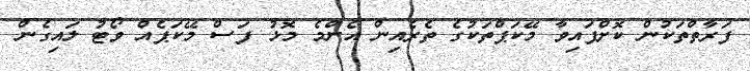
ފަރާތްތަކުން ކޮށްފައިވާ މޭކަޕްތަކުގެ ތެރެއިން އެންމެ މޮޅު ފަސް މޭކަޕެއް ވޯޓު ލައިގެން